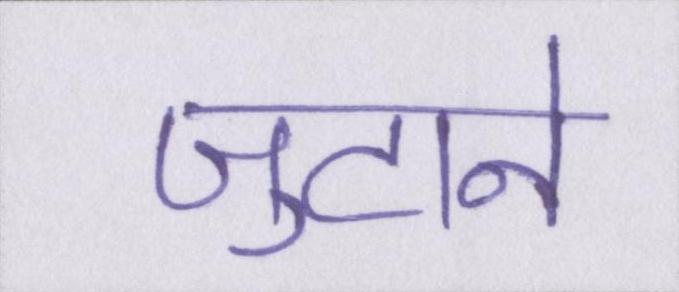
जुटाने